Vaccination North-Western Provinces and Oudh 1896-1901 - 1896-1901
Year: 1896
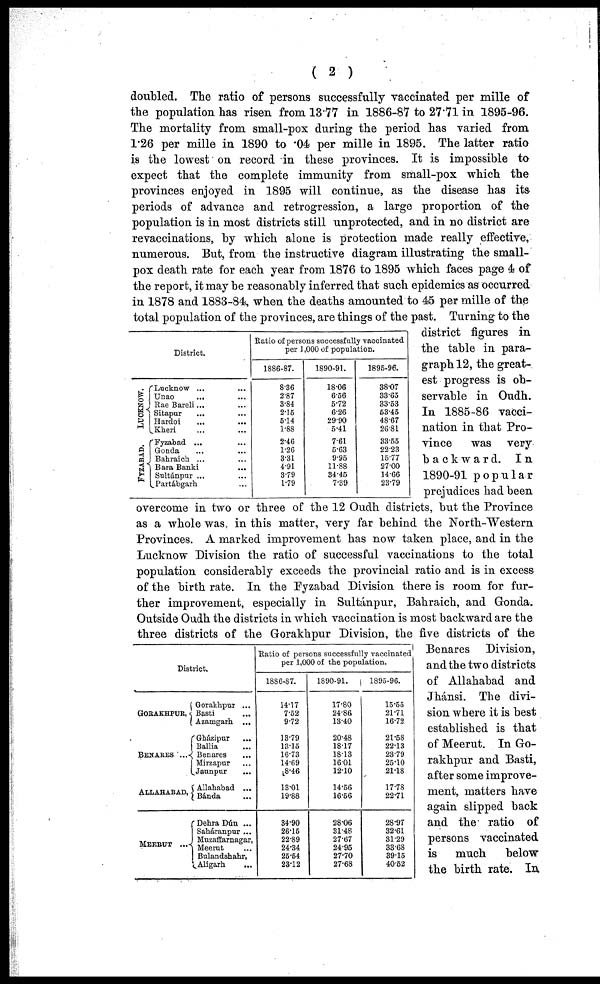
( 2 )
doubled. The ratio of persons successfully vaccinated per mille of
the population has risen from 13.77 in 1886-87 to 27.71 in 1895-96.
The mortality from small-pox during the period has varied from
1.26 per mille in 1890 to .04 per mille in 1895. The latter ratio
is the lowest on record in these provinces. It is impossible to
expect that the complete immunity from small-pox which the
provinces enjoyed in 1895 will continue, as the disease has its-
periods of advance and retrogression, a large proportion of the
population is in most districts still unprotected, and in no district are
revaccinations, by which alone is protection made really effective,
numerous. But, from the instructive diagram illustrating the small-
pox death rate for each year from 1876 to 1895 which faces page 4 of
the report, it may be reasonably inferred that such epidemics as occurred
in 1878 and 1883-84, when the deaths amounted to 45 per mille of the
total population of the provinces, are things of the past. Turning to the
district figures in
the table in para-
graph 12, the great-
est progress is ob-
servable in Oudh.
In 1885-86 vacci-
nation in that Pro-
vince
was very
backward.
In
1890-91 popular
prejudices had been
overcome in two or three of the 12 Oudh districts, but the Province
as a whole was in this matter, very far behind the North-Western
Provinces. A marked improvement has now taken place, and in the
Lucknow Division the ratio of successful vaccinations to the total
population considerably exceeds the provincial ratio and is in excess
of the birth rate. In the Fyzabad Division there is room for fur-
ther improvement, especially in Sultánpur, Bahraich, and Gonda.
Outside Oudh the districts in which vaccination is most backward are the
three districts of the Gorakhpur Division, the five districts of the
Benares Division,
and the two districts
of Allahabad and
Jhánsi. The divi-
sion where it is best
established is that
of Meerut. In Go-
rakhpur and Basti,
after some improve-
ment, matters have
again slipped back
and the ratio of
persons vaccinated
is much
below
the birth rate. In
LUCKNOW.
FYZABAD.
District.
Lucknow ... ...
Unao ... ...
Rae Bareli ... ...
Sitapur ... ...
Hardoi ... ...
Kheri ... ...
Fyzabad ... ...
Gonda ... ...
Bahraich ... ...
Bara Banki ...
Sultánpur ... ...
Partábgarh ...
Ratio of persons successfully vaccinated
per 1,000 of population.
1886-87.
8.36
2.87
3.84
2.15
5.14
1.88
2.46
1.26
3.31
4.91
3.79
1.79
1890-91.
18.06
6.56
5.72
6.26
29.90
5.41
7.61
5.63
9.95
11.88
34.45
7.39
1895-96.
38.07
33.85
33.53
53.45
48.67
26.81
33.55
22.23
15.77
27.00
14.66
23.79
District.
GORAKHPUR,
BENARES ...
ALLAHABAD,
MEERUT ...
Gorakhpur ...
Basti ...
Azamgarh ...
Gházipur
...
Ballia ...
Benares ...
Mirzapur ...
Jaunpur ...
Allahabad ...
Bánda ...
Dehra Dún ...
Saháranpur ...
Muzaffarnagar,
Meerut ...
Bulandshahr,
Aligarh ...
Ratio of persons successfully vaccinated
per 1,000 of the population.
1886-87.
14.17
7.52
9.72
13.79
13.15
16.73
14.69
18.46
13.01
19.88
34.90
26.15
22.89
24.34
25.54
23.12
1890-91.
17.80
24.86
13.40
20.48
18.17
18.13
16.01
12.10
14.56
16.56
28.06
31.48
27.67
24.95
27.70
27.68
1895-96.
15.55
21.71
16.72
21.58
22.13
23.79
25.10
21.18
17.78
22.71
28.97
32.61
31.29
33.68
39.15
40.52